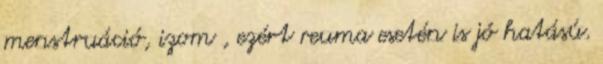
menstruáció, izom , ezért reuma esetén is jó hatású.